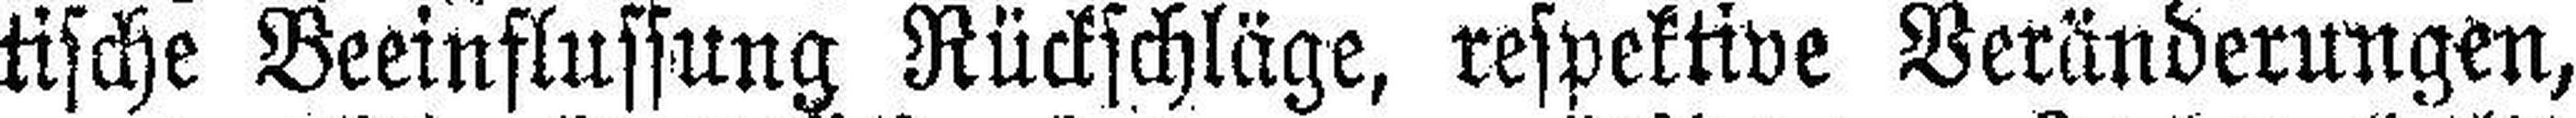
tische Beeinflussung Rückschläge, respektive Veränderungen,